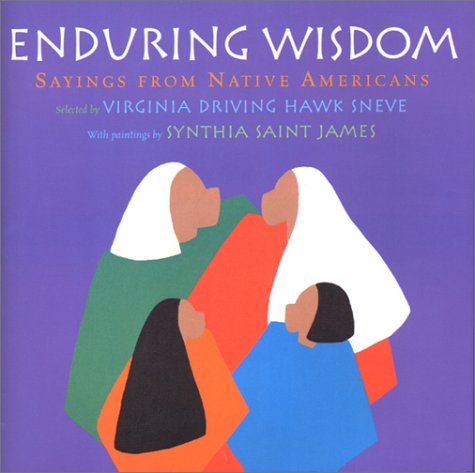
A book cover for Enduring Wisdom: Sayings from Native Americans; Children's Books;